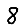
Digit: 8